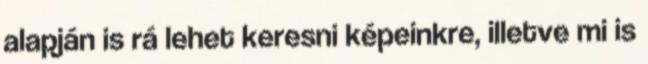
alapján is rá lehet keresni képeinkre, illetve mi is